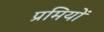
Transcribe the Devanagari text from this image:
प्रमियों